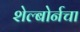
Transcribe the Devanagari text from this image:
शेल्बोर्नचा